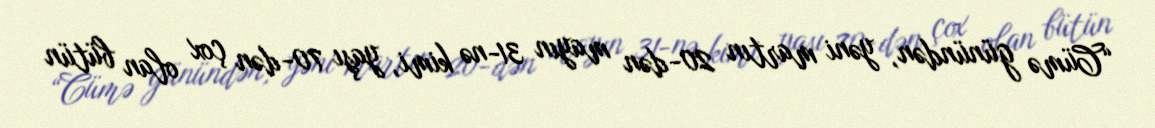
“Cümə günündən, yəni martın 20-dən mayın 31-nə kimi, yaşı 70-dən çox olan bütün